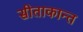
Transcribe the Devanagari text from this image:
सीताकान्त